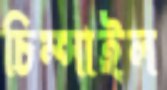
চিম্‌সাইল